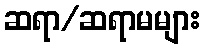
ဆရာ/ဆရာမများ